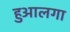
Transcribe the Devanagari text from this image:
हुआलगा